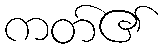
ကတ်၏